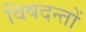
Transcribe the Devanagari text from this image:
विषदन्तों